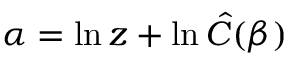
\alpha = \ln z + \ln \hat { C } ( \beta )